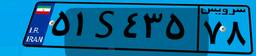
۵۱S۴۳۵۷۸